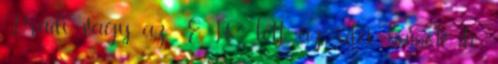
Fradi vagy az ETO lett az idei bajnok, de